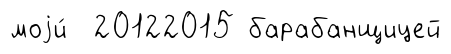
моjи́ 20122015 барабанщицей